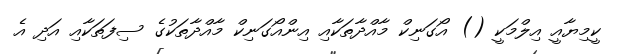
ކީމިޔާއީ އިލްމަކީ () އޯގަނިކް މާއްދާތަކާއި އިންއޯގަނިކް މާއްދާތަކުގެ ސިފަތަކާއި އަދި އެ